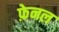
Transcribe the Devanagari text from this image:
फ़ेनल